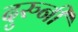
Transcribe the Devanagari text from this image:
दुरुनी